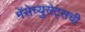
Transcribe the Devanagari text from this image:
मॅसेच्युसेट्सची